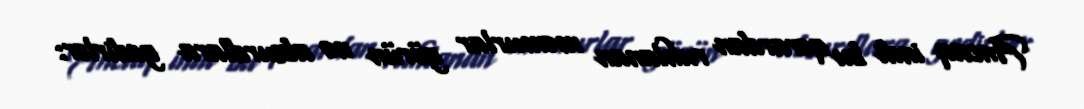
Ancaq indi bu qərardan ruhlanan məmurlar görün nə absurdlara gedirlər: